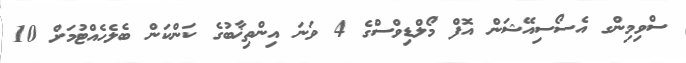
ސްވިމިންގ އެސޯސިއޭޝަން އޮފް މޯލްޑިވްސްގެ 4 ވަނަ އިންތިޚާބުގެ ކަންކަން ބެލެހެއްޓުމަށް 10